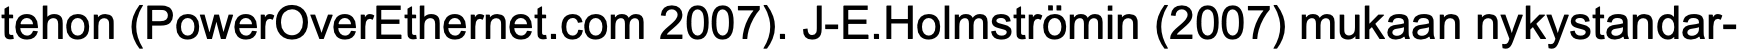
tehon (PowerOverEthernet.com 2007). J-E.Holmströmin (2007) mukaan nykystandar-